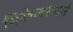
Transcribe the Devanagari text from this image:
मिकेलसनने